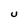
Character: U